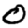
Digit: 0